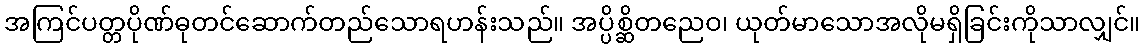
အကြင်ပတ္တပိုဏ်ဓုတင်ဆောက်တည်သောရဟန်းသည်။ အပ္ပိစ္ဆိတညေဝ၊ ယုတ်မာသောအလိုမရှိခြင်းကိုသာလျှင်။